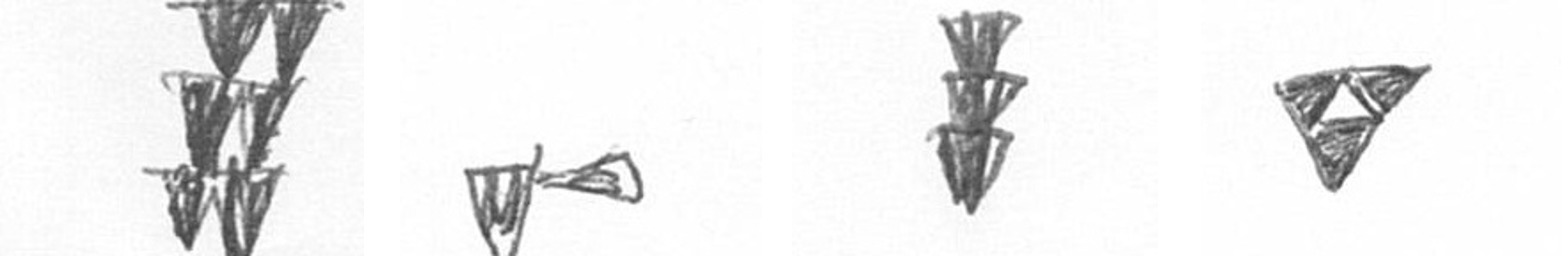
Y F E S